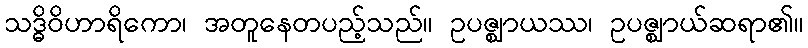
သဒ္ဓိဝိဟာရိကော၊ အတူနေတပည့်သည်။ ဥပဇ္ဈာယဿ၊ ဥပဇ္ဈာယ်ဆရာ၏။